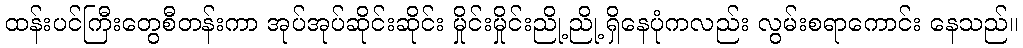
ထန်းပင်ကြီးတွေစီတန်းကာ အုပ်အုပ်ဆိုင်းဆိုင်း မှိုင်းမှိုင်းညို့ညို့ ရှိနေပုံကလည်း လွမ်းစရာကောင်း နေသည်။